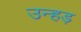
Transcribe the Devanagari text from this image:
उन्हड़